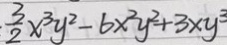
\frac { 3 } { 2 } x ^ { 3 } y ^ { 2 } - 6 x ^ { 2 } y ^ { 2 } + 3 x y ^ { 3 }